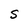
Character: S